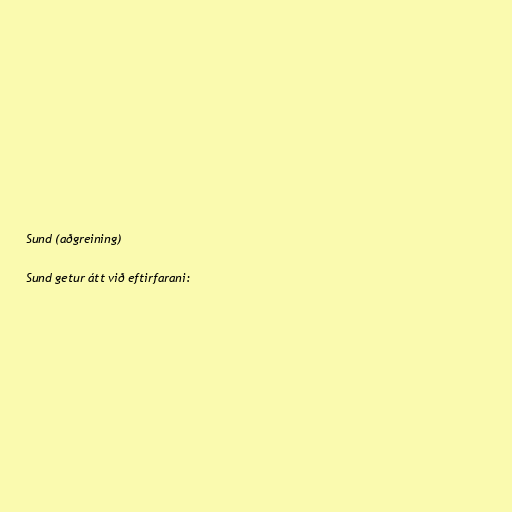
Sund (aðgreining)

Sund getur átt við eftirfarani: